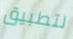
لتطبيق